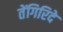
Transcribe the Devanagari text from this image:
तेंगिरिदे